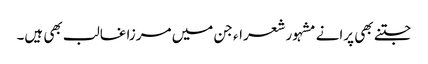
جتنے بھی پرانے مشہور شعراء جن میں مرزا غالب بھی ہیں۔